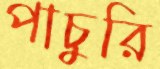
পাচুরি